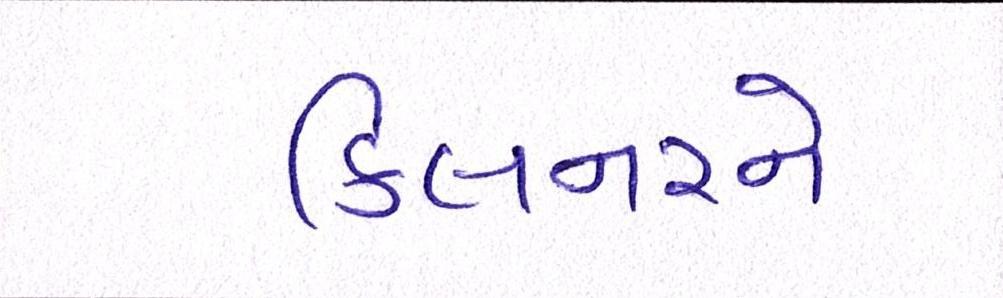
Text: કિલનરને